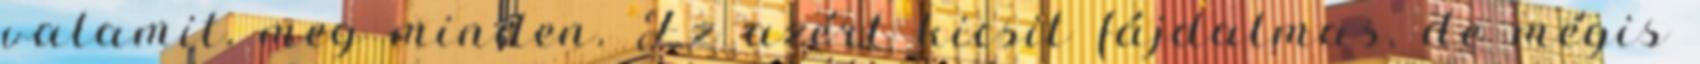
valamit, meg minden. Ez azért kicsit fájdalmas, de mégis